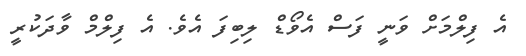
އެ ފިލްމަށް ވަނީ ފަސް އެވޯޑް ލިބިފަ އެވެ. އެ ފިލްމް ވާދަކުރީ